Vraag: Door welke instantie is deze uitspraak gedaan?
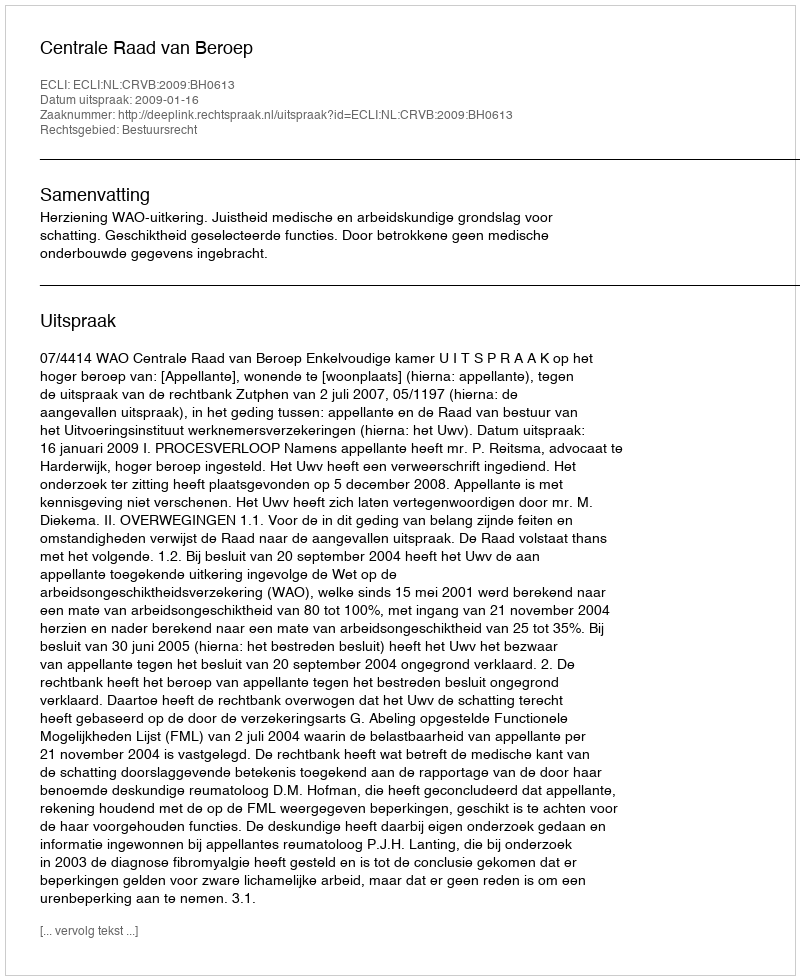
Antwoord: Centrale Raad van Beroep